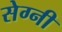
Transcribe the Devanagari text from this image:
सेग्नी